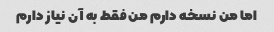
اما من نسخه دارم من فقط به آن نیاز دارم